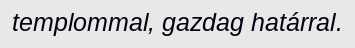
templommal, gazdag határral.